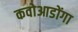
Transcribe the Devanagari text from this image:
कवोआडोंगा